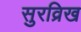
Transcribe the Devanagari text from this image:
सुरव्रिख